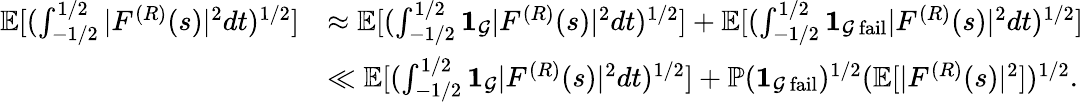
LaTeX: \begin{array}{rl}{\mathbb E[(\int_{-1/2}^{1/2}|F^{(R)}(s)|^{2}dt)^{1/2}]}&{\approx\mathbb E[(\int_{-1/2}^{1/2}\mathbf{1}_{\mathcal{G}}|F^{(R)}(s)|^{2}dt)^{1/2}]+\mathbb E[(\int_{-1/2}^{1/2}\mathbf{1}_{\mathcal{G}~\mathrm{fail}}|F^{(R)}(s)|^{2}dt)^{1/2}]}\\ &{\ll\mathbb E[(\int_{-1/2}^{1/2}\mathbf{1}_{\mathcal{G}}|F^{(R)}(s)|^{2}dt)^{1/2}]+\mathbb P(\mathbf{1}_{\mathcal{G}~\mathrm{fail}})^{1/2}(\mathbb E[|F^{(R)}(s)|^{2}])^{1/2}.}\end{array}